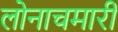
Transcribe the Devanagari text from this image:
लोनाचमारी